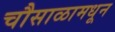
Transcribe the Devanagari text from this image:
चौसाळामधून